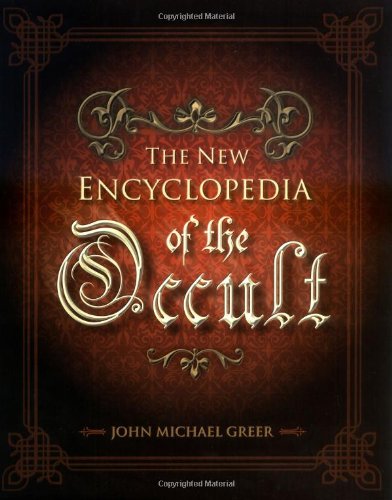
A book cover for The New Encyclopedia of the Occult; John Michael Greer; Reference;